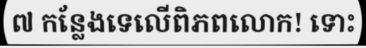
៧ កន្លែងទេលើពិភពលោក! ទោះ